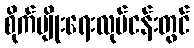
စိုက်ပျိုးရေးလုပ်ငန်းတွင်